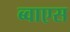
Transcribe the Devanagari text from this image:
ब्वाएस